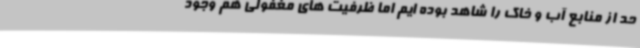
حد از منابع آب و خاک را شاهد بوده ایم اما ظرفیت های مغفولی هم وجود